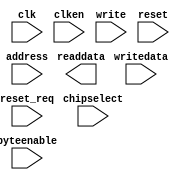
module KBandIPsubPro_onchip_mem_FPGA_Slave (
		input  wire         clk,        //   clk1.clk
		input  wire [13:0]  address,    //     s1.address
		input  wire         clken,      //       .clken
		input  wire         chipselect, //       .chipselect
		input  wire         write,      //       .write
		output wire [127:0] readdata,   //       .readdata
		input  wire [127:0] writedata,  //       .writedata
		input  wire [15:0]  byteenable, //       .byteenable
		input  wire         reset,      // reset1.reset
		input  wire         reset_req   //       .reset_req
	);
endmodule